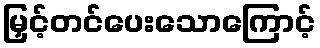
မြှင့်တင်ပေးသောကြောင့်